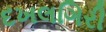
દખલગિરી